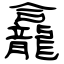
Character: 龕